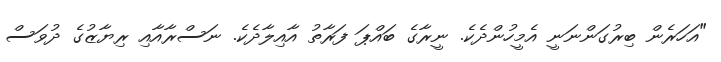
"އަހަރެން ބިރުގަންނަނީ އެމީހުންދެކެ. ނީރާގެ ބައްޕަ ފަރާތު އާއިލާދެކެ. ނަސްރާއާއި ރިޔާޒުގެ ދުވަސް